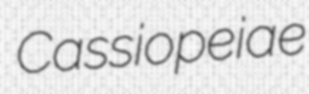
Cassiopeiae